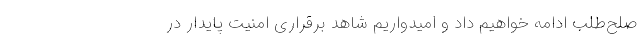
صلح‌طلب ادامه خواهیم داد و امیدواریم شاهد برقراری امنیت پایدار در